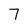
Character: 7